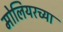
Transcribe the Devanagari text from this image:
मोलियरच्या